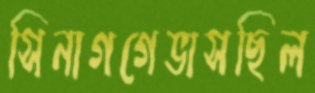
সিনাগগেভাসছিল